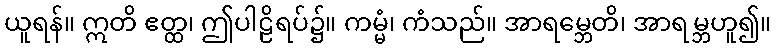
ယူရန်။ ဣတိ ဧတ္ထ၊ ဤပါဠိရပ်၌။ ကမ္မံ၊ ကံသည်။ အာရမ္ဘေတိ၊ အာရမ္ဘဟူ၍။